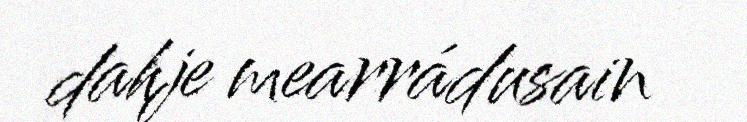
dahje mearrádusain